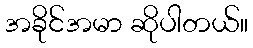
အခိုင်အမာ ဆိုပါတယ်။